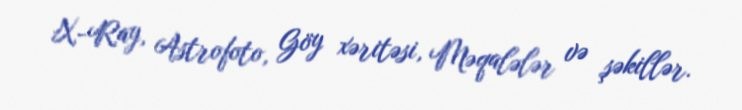
X-Ray, Astrofoto, Göy xəritəsi, Məqalələr və şəkillər.